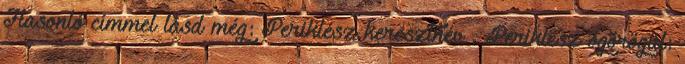
Hasonló címmel lásd még: Periklész keresztnév . Periklész ógörögül: